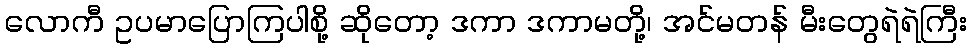
လောကီ ဥပမာပြောကြပါစို့ ဆိုတော့ ဒကာ ဒကာမတို့၊ အင်မတန် မီးတွေရဲရဲကြီး